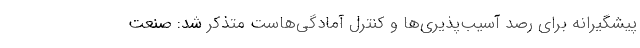
پیشگیرانه برای رصد آسیب‌پذیری‌ها و کنترل آمادگی‌هاست متذکر شد: صنعت